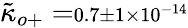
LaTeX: {\tilde{\kappa}}_{o+}=\scriptstyle 0.7\pm 1\times 10^{-14}